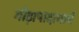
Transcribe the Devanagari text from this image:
गौड़ापादाचार्य